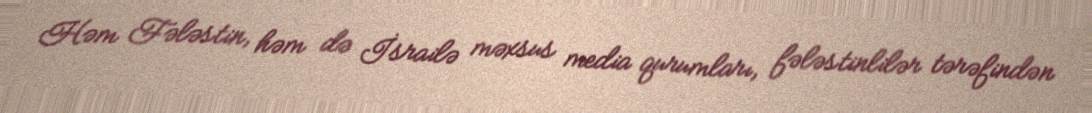
Həm Fələstin, həm də İsrailə məxsus media qurumları, fələstinlilər tərəfindən